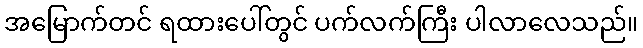
အမြောက်တင် ရထားပေါ်တွင် ပက်လက်ကြီး ပါလာလေသည်။